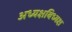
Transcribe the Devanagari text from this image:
अध्यक्षबिध्यक्ष